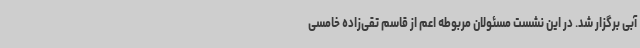
آبی برگزار شد. در این نشست مسئولان مربوطه اعم از قاسم تقی‌زاده خامسی